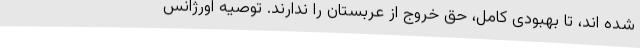
شده اند، تا بهبودی کامل، حق خروج از عربستان را ندارند. توصیه اورژانس